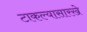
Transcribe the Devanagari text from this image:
टाकल्यासारखे